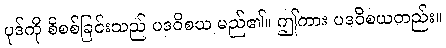
ပုဒ်ကို စိစစ်ခြင်းသည် ပဒဝိစယ မည်၏။ ဤကား ပဒဝိစယတည်း။